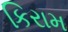
કિરામ